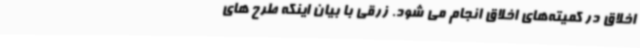
اخلاق در کمیته‌های اخلاق انجام می شود. زرقی با بیان اینکه طرح های